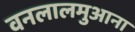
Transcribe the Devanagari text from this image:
वनलालमुआना